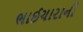
ભાઈચારાની